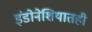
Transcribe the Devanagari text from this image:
इंडोनेशियातही